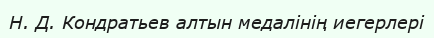
Н. Д. Кондратьев алтын медалінің иегерлері